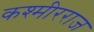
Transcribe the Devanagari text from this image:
कश्मीरराज